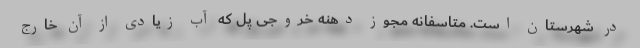
در شهرستان است. متاسفانه مجوز دهنه خروجی پل که آب زیادی از آن خارج